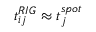
t _ { i j } ^ { R I G } \approx t _ { j } ^ { s p o t }